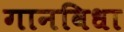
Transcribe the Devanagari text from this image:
गानविधा